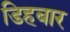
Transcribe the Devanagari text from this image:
डिहबार